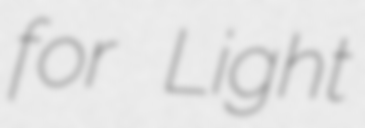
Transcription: for Light